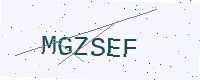
Text: MGZSEF